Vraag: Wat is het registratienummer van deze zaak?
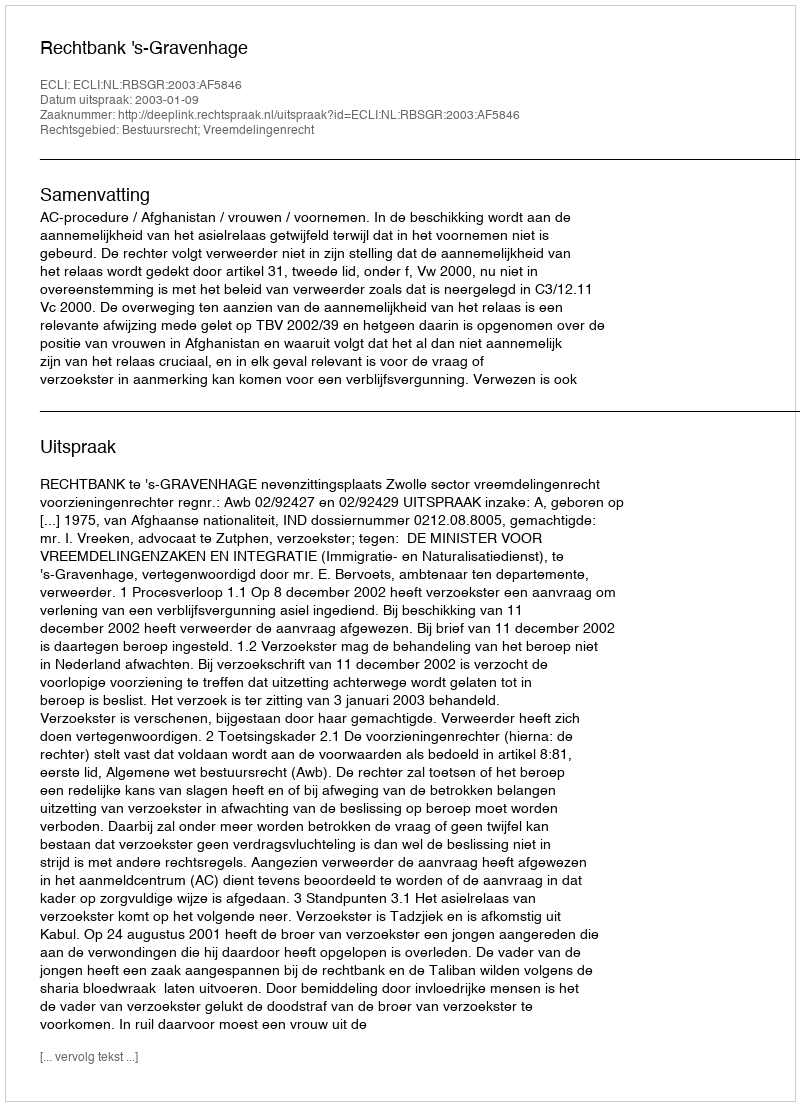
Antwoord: http://deeplink.rechtspraak.nl/uitspraak?id=ECLI:NL:RBSGR:2003:AF5846